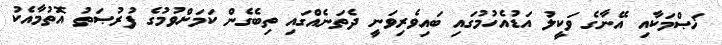
ޚަޞްމަކާއި އޭނާގެ ވަކީލު އަޑުއެހުމުގައި ބައިވެރިވަނީ ދެތަނެއްގައި ތިބެގެން ކަމަށްވުމުގެ ފުރުޞަތު އޮތުމާއެކު